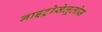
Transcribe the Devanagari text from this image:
नाइट्रोसेलूलोस